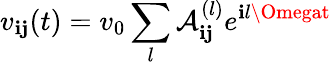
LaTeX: v_{\mathbf{i}\mathbf{j}}(t)=v_{0}\sum_{l}\mathcal{{A}}_{\mathbf{i}\mathbf{j}}^{(l)}e^{\mathbf{i}l\Omegat}